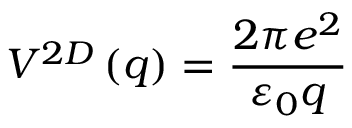
V ^ { 2 D } \left( q \right) = \frac { 2 \pi e ^ { 2 } } { { \varepsilon } _ { 0 } q }